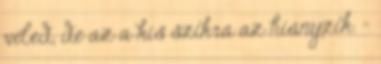
veled, de az a kis szikra az hiányzik. –